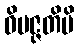
ဝိပဇ္ဇတိပိ